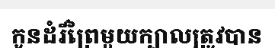
កូនដំរីព្រៃមួយក្បាលត្រូវបាន